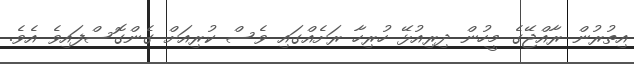
އިތުރުން ރާއްޖޭގެ މީހުން ދިރިއުޅޭ ހުރިހާ ރަށެއްގައި ވެސް ކުރިއަށް ގެންގޮސްފައިވެ އެވެ.